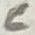
Text: C